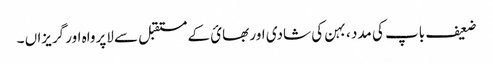
ضعیف باپ کی مدد ، بہن کی شادی اور بھائ کے مستقبل سے لاپرواہ اور گریزاں ۔